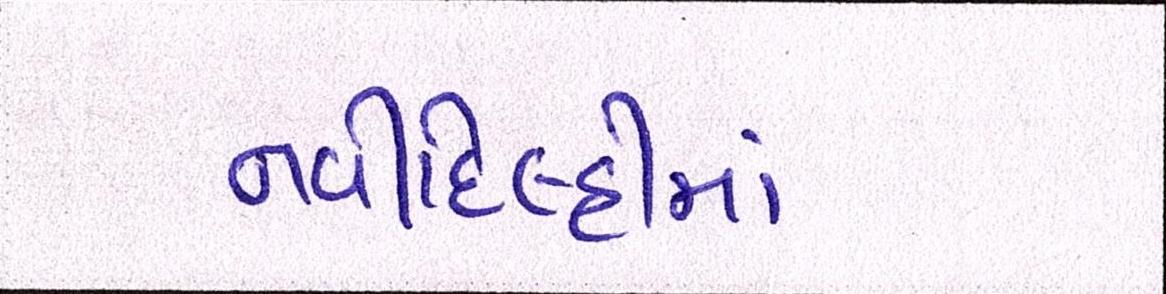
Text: નવીદિલ્હીમાં